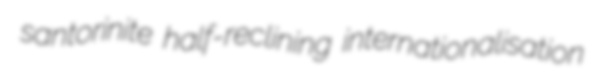
santorinite half-reclining internationalisation